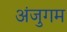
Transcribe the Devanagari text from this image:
अंजुगम